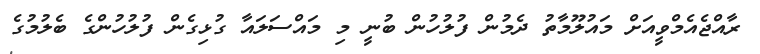
ރާއްޖެއެމްވީއަަށް މައުލޫމާތު ދެމުން ފުލުހުން ބުނީ މި މައްސަލައާ ގުޅިގެން ފުލުހުންގެ ބެލުމުގެ